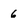
Character: 6